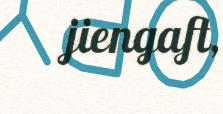
jiengaft,